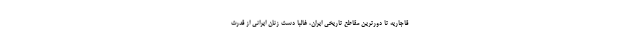
قاجاریه تا دورترین مقاطع تاریخی ایران، غالبا دست زنان ایرانی از قدرت